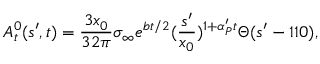
A _ { t } ^ { 0 } ( s ^ { \prime } , t ) = { \frac { 3 x _ { 0 } } { 3 2 \pi } } \sigma _ { \infty } e ^ { b t / 2 } ( { \frac { s ^ { \prime } } { x _ { 0 } } } ) ^ { 1 + \alpha _ { P } ^ { \prime } t } \Theta ( s ^ { \prime } - 1 1 0 ) ,